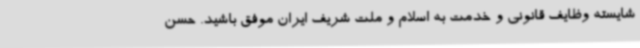
شایسته وظایف قانونی و خدمت به اسلام و ملت شریف ایران موفق باشید. حسن